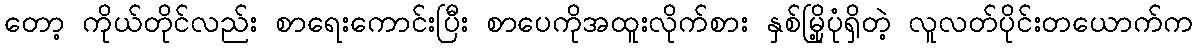
တော့ ကိုယ်တိုင်လည်း စာရေးကောင်းပြီး စာပေကိုအထူးလိုက်စား နှစ်မြို့ပုံရှိတဲ့ လူလတ်ပိုင်းတယောက်က